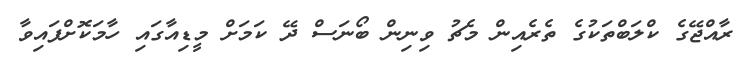
ރާއްޖޭގެ ކްލަބްތަކުގެ ތެރެއިން މެޗު ވިނިން ބޯނަސް ދޭ ކަމަށް މީޑިއާގައި ހާމަކޮށްފައިވާ